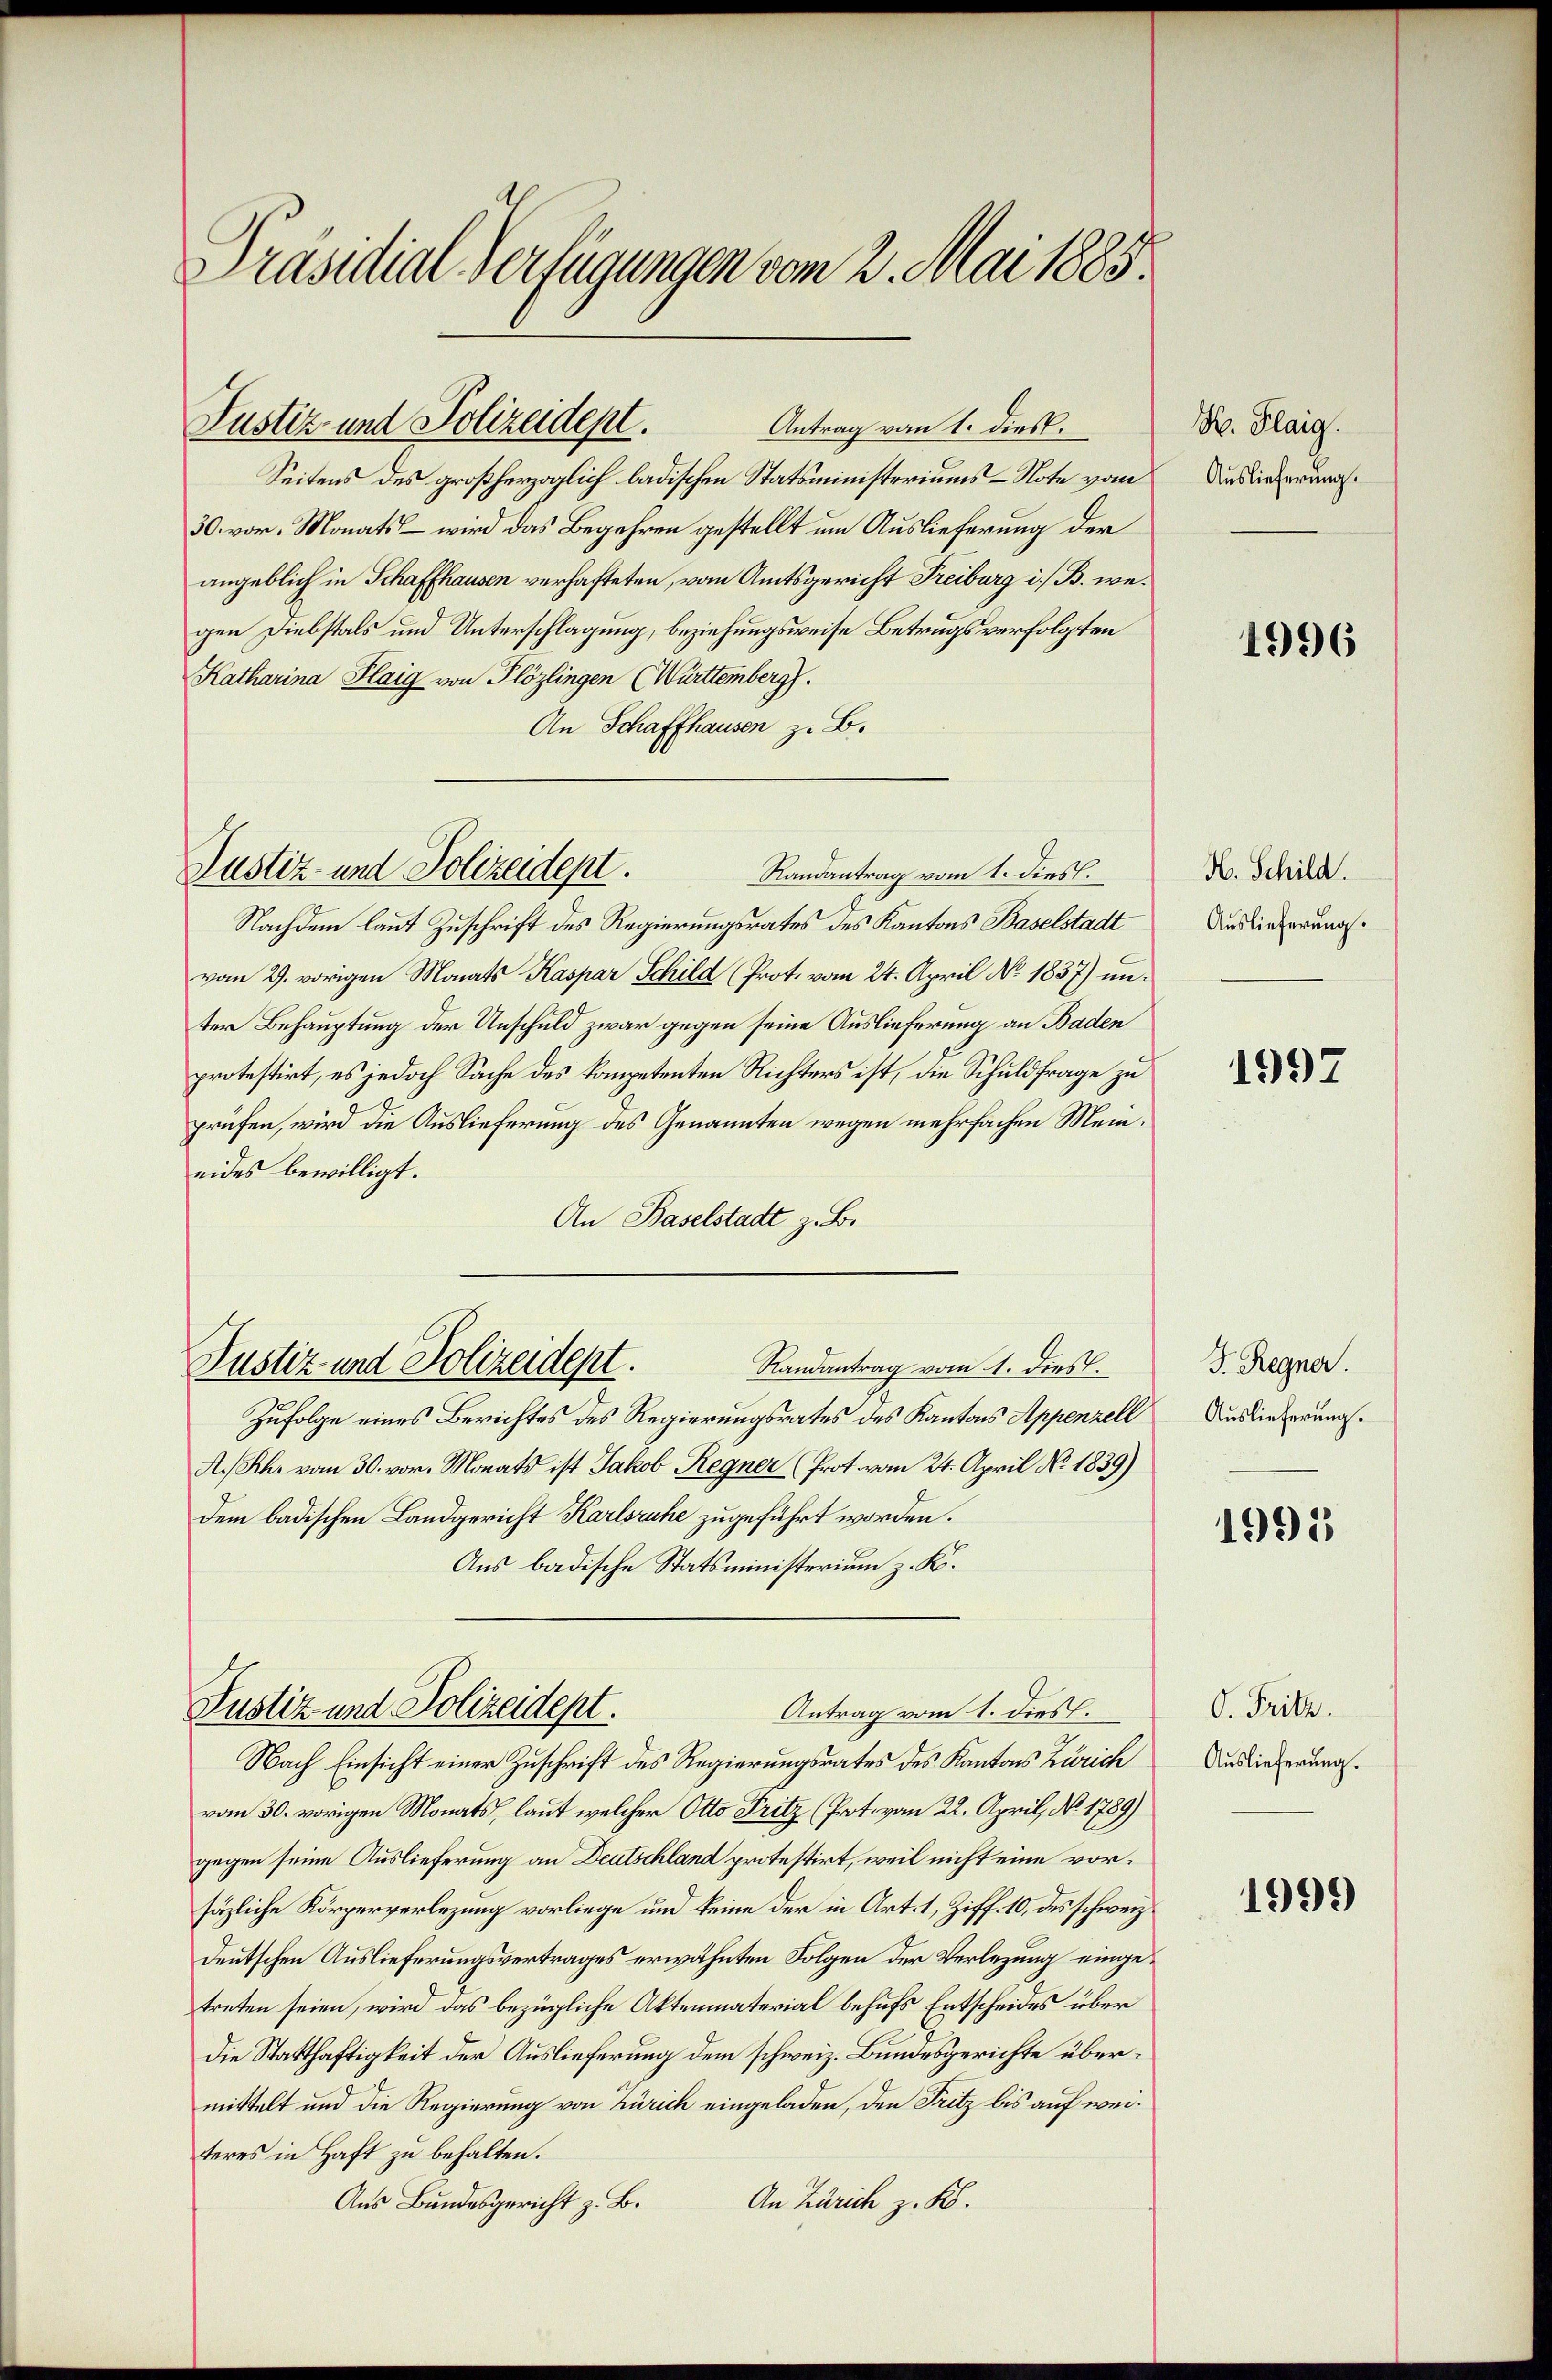
Präsidial-Verfügungen vom 2. Mai 1885.

Justiz und Polizeidept.

Justiz und Polizeidept.
Randantrag vom 1. dies

Seitens des großherzoglich badischen Statsministeriums-Note vom
30. vor. Monats, – wird das Begehren gestellt um Auslieferung der
angeblich in Schaffhausen verhafteten, vom Amtsgericht Freiburg i. B. wegen Diebstals und Unterschlagung, beziehungsweise Betrugs verfolgten
Katharina Flaig von Plözlingen (Württemberg.
An Schaffhausen z. B.
Justiz- und Polizeidept.
Randantrag vom 1. dies.
Nachdem laut Zuschrift des Regierungsrates des Kantons Baselstadt
vom 29. vorigen Monats Kaspar Schild (Prot. vom 24. April No 1837) im
ter Behauptung der Unschuld zwar gegen seine Auslieferung an Baden
protestirt, es jedoch Sache des kompetenten Richters ist, die Schuldfrage zu
prüfen, wird die Auslieferung des Genannten wegen mehrfachen Mein
eides bewilligt.
An Baselstadt z. B.

Justiz und Polizeidept.
Antrag vom 1. dies.

Antrag vom 1. dies

e
.

Zufolge eines Berichtes des Regierungsrates des Kantons Appenzell
A.Rh. vom 30. vor. Monats ist Jakob Regner (Prot. vom 24. April No. 1839)
dem badischen Landgericht Karlsruhe zugeführt worden.
Aus badische Statsministerium z. K.
Nach Einsicht einer Zuschrift des Regierungsrates des Kantons Zürich
vom 30. vorigen Monats, laut welcher Otto Fritz (Prot. vom 22. April, No. 1789)
gegen seine Auslieferung an Deutschland protestirt, weil nicht eine vorsäzliche Körperverlegung vorliege und keine der in Art. 1, Ziff. 10, des schweiz.
deutschen Auslieferungsvertrages erwähnten Folgen der Verlegung eingetreten seien, wird das bezügliche Aktenmaterial behufs Entscheides über
die Statthaftigkeit der Auslieferung dem schweiz. Bundesgerichte übermittelt und die Regierung von Zürich eingeladen, den Fritz bis auf weiteres in Haft zu behalten.
An Zürich z. B.
Aus Bundesgericht z. B.

s

H. Flaig.
Auslieferung.

4996

H. Schild.
Auslieferung.

1997

F. Regner.
Auslieferung.

1995

O. Fritz.
Auslieferung.

1999